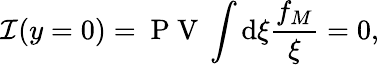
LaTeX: \mathcal{I}(y=0)=\mathrm{~P~V~}\int\mathrm{d}\xi\frac{f_{M}}{\xi}=0,